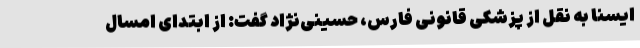
ایسنا به نقل از پزشکی قانونی فارس، حسینی‌نژاد گفت: از ابتدای امسال